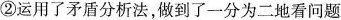
②运用了矛盾分析法，做到了一分为二地看问题